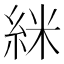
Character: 䋛